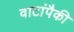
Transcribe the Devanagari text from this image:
वाटांपैकी